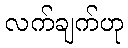
လက်ချက်ဟု